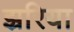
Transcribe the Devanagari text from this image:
झ्ररिया